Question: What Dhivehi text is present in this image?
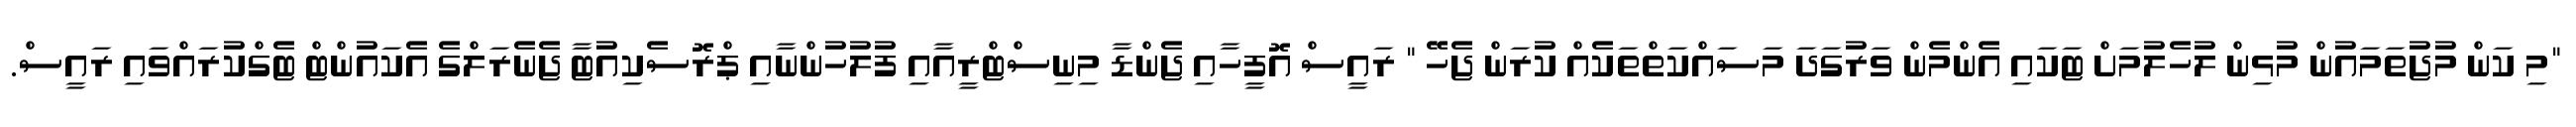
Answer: "މި ކަން މުޖުތަމައުން މުޅިން ލުހެލުމަށް ޓަކައި އެންމެން ވަރުގަދަ މަސައްކަތްތަކެއް ކުރަން ޖެހޭ " ރައީސް އޮފީހާއި ޖެންޑާ މިނިސްޓްރީއާއި ފުލުހުންނާއި ޕްރޮސެކިއުޓާ ޖެނެރަލްގެ އެކައުންޓް ޓެގްކުރައްވައި ރައީސް.